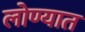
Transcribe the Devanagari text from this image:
लोण्यात